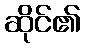
ဆိုင်၏